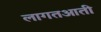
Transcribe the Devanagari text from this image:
लागतआती